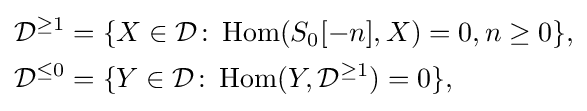
{\begin{aligned}{\mathcal {D}}^{\geq 1}&=\{X\in {\mathcal {D}}\colon \operatorname {Hom} (S_{0}[-n],X)=0,n\geq 0\},\\{\mathcal {D}}^{\leq 0}&=\{Y\in {\mathcal {D}}\colon \operatorname {Hom} (Y,{\mathcal {D}}^{\geq 1})=0\},\end{aligned}}